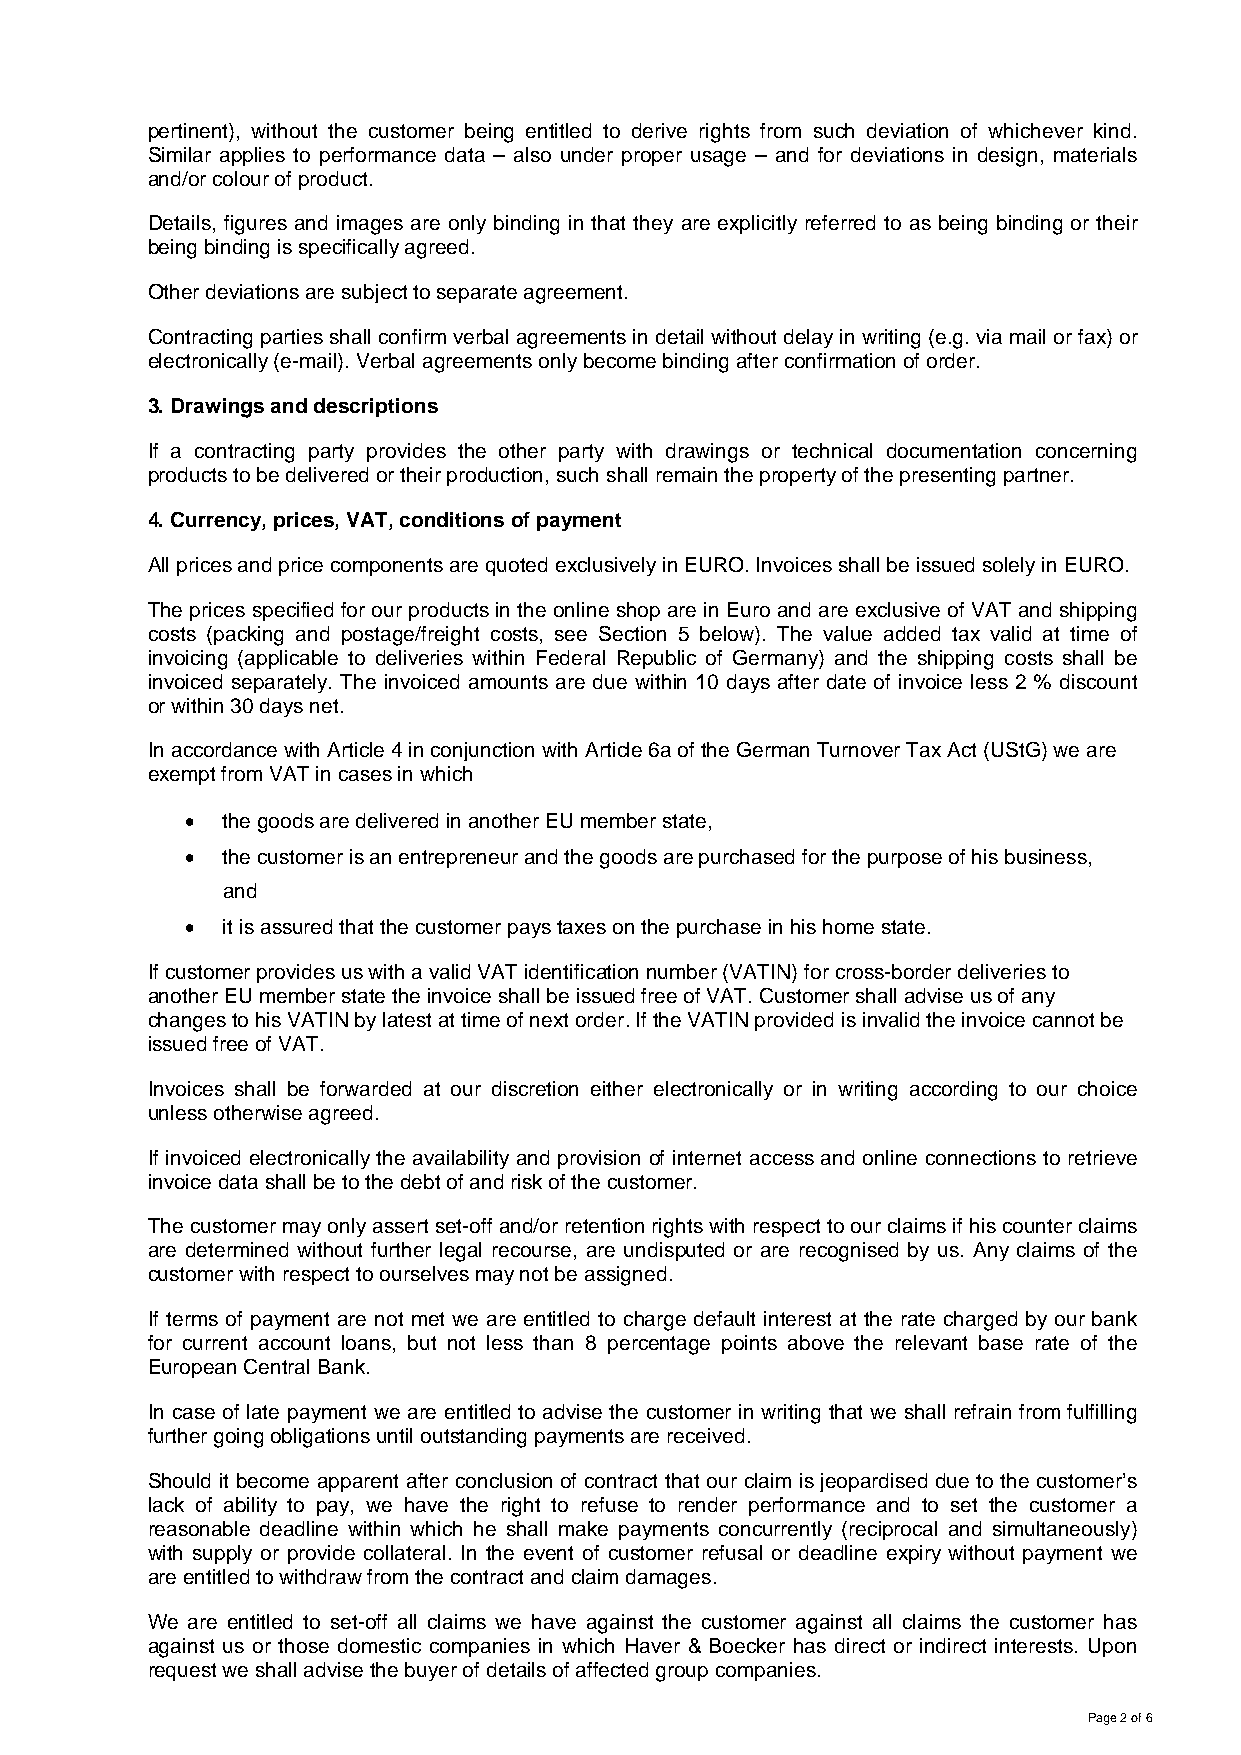
pertinent), without the customer being entitled to derive rights from such deviation of whichever kind.
 Similar applies to performance data – also under proper usage – and for deviations in design, materials
 and/or colour of product.
 Details, figures and images are only binding in that they are explicitly referred to as being binding or their
 being binding is specifically agreed.
 Other deviations are subject to separate agreement.
 Contracting parties shall confirm verbal agreements in detail without delay in writing (e.g. via mail or fax) or
 electronically (e-mail). Verbal agreements only become binding after confirmation of order.
 3. Drawings and descriptions
 If a contracting party provides the other party with drawings or technical documentation concerning
 products to be delivered or their production, such shall remain the property of the presenting partner.
 4. Currency, prices, VAT, conditions of payment
 All prices and price components are quoted exclusively in EURO. Invoices shall be issued solely in EURO.
 The prices specified for our products in the online shop are in Euro and are exclusive of VAT and shipping
 costs (packing and postage/freight costs, see Section 5 below). The value added tax valid at time of
 invoicing (applicable to deliveries within Federal Republic of Germany) and the shipping costs shall be
 invoiced separately. The invoiced amounts are due within 10 days after date of invoice less 2 % discount
 or within 30 days net.
 In accordance with Article 4 in conjunction with Article 6a of the German Turnover Tax Act (UStG) we are
 exempt from VAT in cases in which
   the goods are delivered in another EU member state,
   the customer is an entrepreneur and the goods are purchased for the purpose of his business,
 and
   it is assured that the customer pays taxes on the purchase in his home state.
 If customer provides us with a valid VAT identification number (VATIN) for cross-border deliveries to
 another EU member state the invoice shall be issued free of VAT. Customer shall advise us of any
 changes to his VATIN by latest at time of next order. If the VATIN provided is invalid the invoice cannot be
 issued free of VAT.
 Invoices shall be forwarded at our discretion either electronically or in writing according to our choice
 unless otherwise agreed.
 If invoiced electronically the availability and provision of internet access and online connections to retrieve
 invoice data shall be to the debt of and risk of the customer.
 The customer may only assert set-off and/or retention rights with respect to our claims if his counter claims
 are determined without further legal recourse, are undisputed or are recognised by us. Any claims of the
 customer with respect to ourselves may not be assigned.
 If terms of payment are not met we are entitled to charge default interest at the rate charged by our bank
 for current account loans, but not less than 8 percentage points above the relevant base rate of the
 European Central Bank.
 In case of late payment we are entitled to advise the customer in writing that we shall refrain from fulfilling
 further going obligations until outstanding payments are received.
 Should it become apparent after conclusion of contract that our claim is jeopardised due to the customer’s
 lack of ability to pay, we have the right to refuse to render performance and to set the customer a
 reasonable deadline within which he shall make payments concurrently (reciprocal and simultaneously)
 with supply or provide collateral. In the event of customer refusal or deadline expiry without payment we
 are entitled to withdraw from the contract and claim damages.
 We are entitled to set-off all claims we have against the customer against all claims the customer has
 against us or those domestic companies in which Haver & Boecker has direct or indirect interests. Upon
 request we shall advise the buyer of details of affected group companies.
 Page 2 of 6